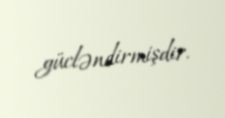
gücləndirmişdir.